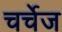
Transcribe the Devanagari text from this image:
चर्चेज